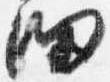
細